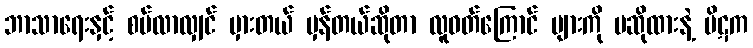
ဘာသာရေးနှင့် စပ်လာလျှင် မှားတယ် မှန်တယ်ဆိုတာ လူဝတ်ကြောင် များကို မဆိုထားနဲ့ ပိဋက